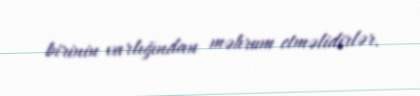
birinin varlığından məhrum etməlidirlər.